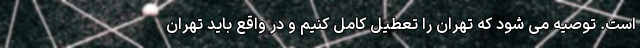
است. توصیه می شود که تهران را تعطیل کامل کنیم و در واقع باید تهران